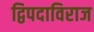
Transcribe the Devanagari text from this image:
द्विपदाविराज